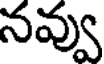
నవ్వు